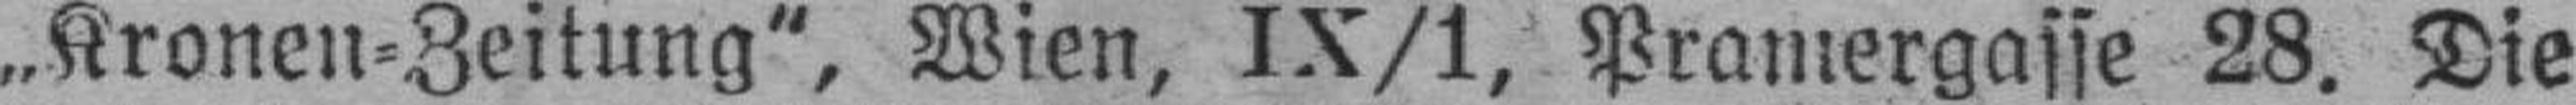
„Kronen=Zeitung", Wien, IX/1, Pramergasse 28. Die